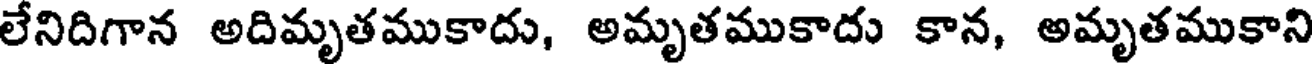
లేనిదిగాన అదిమృతముకాదు, అమృతముకాదు కాన, అమృతముకాని